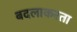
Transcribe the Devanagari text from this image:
बदलाकरता